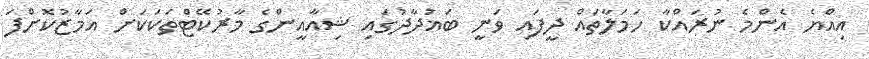
އިއްޔެ އެންމެ ނުރައްކާ ހަމަލާތައް ދީފައި ވަނީ ބަޣުދާދުގައި ޝިއާއީންގެ މާރުކޭޓްތަކަކަށް އަމާޒުކޮށްފަ